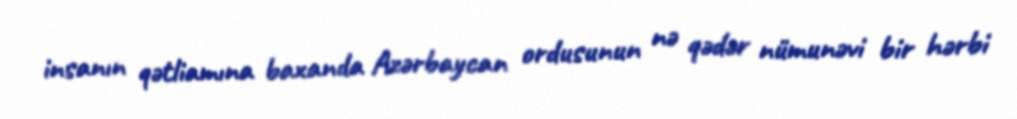
insanın qətliamına baxanda Azərbaycan ordusunun nə qədər nümunəvi bir hərbi